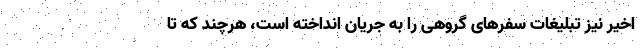
اخیر نیز تبلیغات سفرهای گروهی را به جریان انداخته است، هرچند که تا